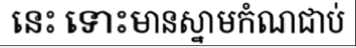
នេះ ទោះមានស្នាមកំណជាប់